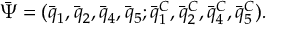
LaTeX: { \bar { \Psi } } = ( { \bar { q } } _ { 1 } , { \bar { q } } _ { 2 } , { \bar { q } } _ { 4 } , { \bar { q } } _ { 5 } ; { \bar { q } } _ { 1 } ^ { C } , { \bar { q } } _ { 2 } ^ { C } , { \bar { q } } _ { 4 } ^ { C } , { \bar { q } } _ { 5 } ^ { C } ) .